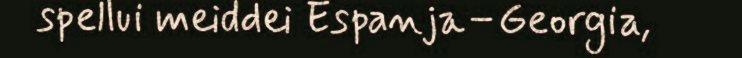
spellui meiddei Espanja–Georgia,